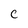
Character: C